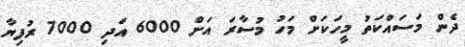
ދެން މަސައްކަތު މީހަކަށް މަހު މުސާރަ އަށް 6000 އަދި 7000 ރުފިޔާ